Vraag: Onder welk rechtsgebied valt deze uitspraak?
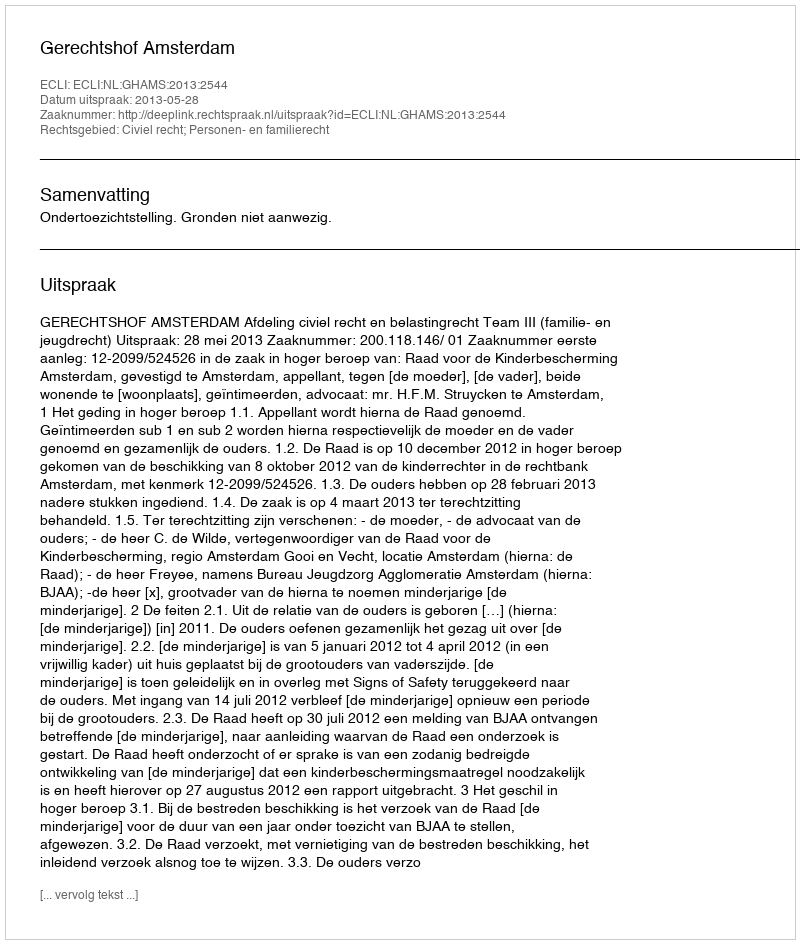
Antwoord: Civiel recht; Personen- en familierecht